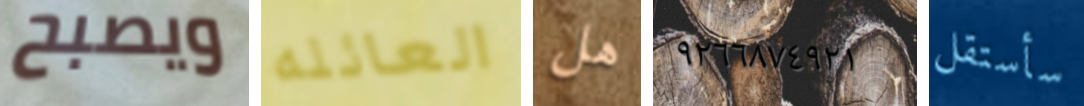
ويصبح العائله هل ٩٢٦٦٨٧٤٩٢١ سأستقل